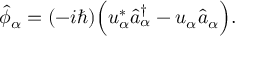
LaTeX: \hat { \phi } _ { \alpha } = ( - i \hbar ) \Bigl ( u _ { \alpha } ^ { * } \hat { a } _ { \alpha } ^ { \dagger } - u _ { \alpha } \hat { a } _ { \alpha } \Bigr ) .